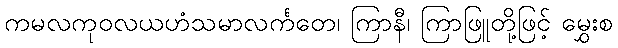
ကမလကုဝလယဟံသမာလင်္ကတေ၊ ကြာနီ၊ ကြာဖြူတို့ဖြင့် မွှေးစ